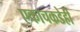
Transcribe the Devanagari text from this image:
एकाचकडेही